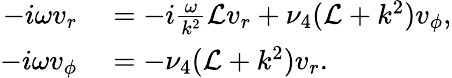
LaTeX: \begin{array}{rl}{-i\omega v_{r}}&{{}=-i\frac{\omega}{k^{2}}\mathcal{L}v_{r}+\nu_{4}(\mathcal{L}+k^{2})v_{\phi},}\\ {-i\omega v_{\phi}}&{{}=-\nu_{4}(\mathcal{L}+k^{2})v_{r}.}\end{array}